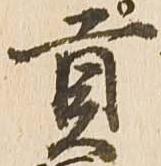
貢